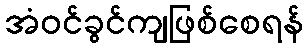
အံဝင်ခွင်ကျဖြစ်စေရန်